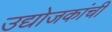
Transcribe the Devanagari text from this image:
उद्योजकांची